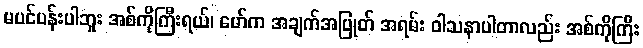
မပင်ပန်းပါဘူး အစ်ကိုကြီးရယ်၊ မော်က အချက်အပြုတ် အရမ်း ဝါသနာပါတာလည်း အစ်ကိုကြီး